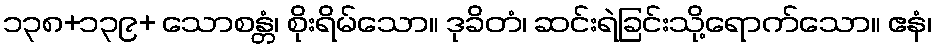
၁၃၈+၁၃၉+ သောစန္တံ၊ စိုးရိမ်သော။ ဒုခိတံ၊ ဆင်းရဲခြင်းသို့ရောက်သော။ ဧနံ၊